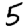
Digit: 5